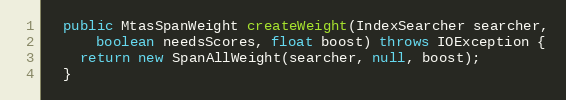
Language: Java
  public MtasSpanWeight createWeight(IndexSearcher searcher,
      boolean needsScores, float boost) throws IOException {
    return new SpanAllWeight(searcher, null, boost);
  }